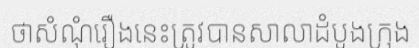
ថាសំណុំរឿងនេះត្រូវបានសាលាដំបូងក្រុង